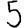
Digit: 5